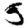
Digit: 5